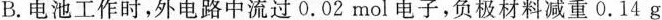
B.电池工作时，外电路中流过0.02mol电子，负极材料减重0.14g